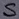
Text: S